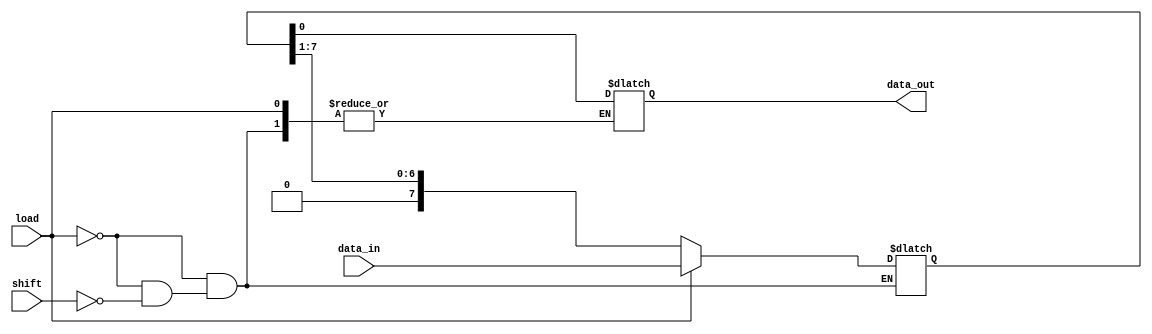
module PISO_Register #(
    parameter N = 8  // Width of the register
)(
    input wire [N-1:0] data_in,  // Parallel input data
    input wire load,              // Load control signal
    input wire shift,             // Shift control signal
    output reg data_out           // Serial output
);

    reg [N-1:0] shift_reg;        // Shift register to hold data

    // Asynchronous load and shift operations
    always @* begin
        if (load) begin
            // Load the data into the shift register
            shift_reg = data_in;
        end else if (shift) begin
            // Shift operation
            // Shift out the least significant bit (LSB)
            data_out = shift_reg[0];
            // Shift the register to the right
            shift_reg = {1'b0, shift_reg[N-1:1]};
        end
    end

endmodule